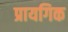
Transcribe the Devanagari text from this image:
प्रायगिक